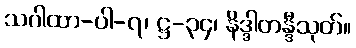
သဂါထာ-ပါ-၇၊ ဋ္ဌ-၃၄၊ နိဒ္ဒါတန္ဒီသုတ်။